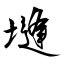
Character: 塳